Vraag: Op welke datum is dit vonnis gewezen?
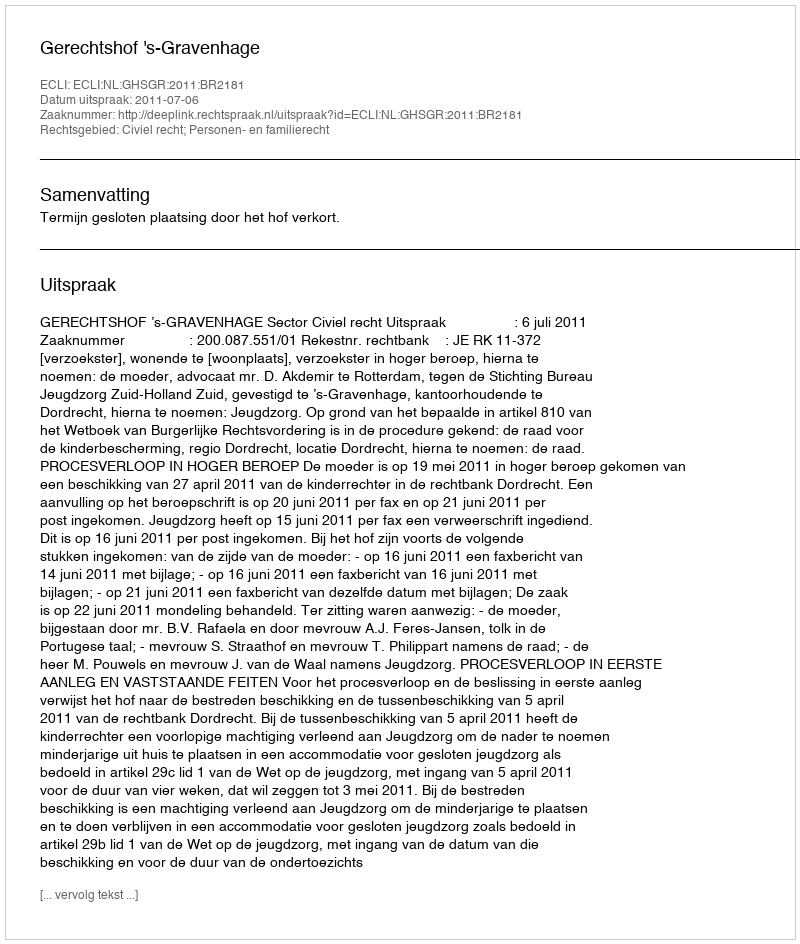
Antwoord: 2011-07-06